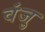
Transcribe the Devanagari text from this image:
वंजु